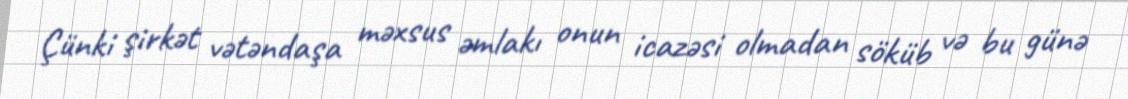
Çünki şirkət vətəndaşa məxsus əmlakı onun icazəsi olmadan söküb və bu günə